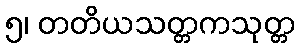
၅၊ တတိယသတ္တကသုတ္တ